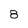
Character: 8